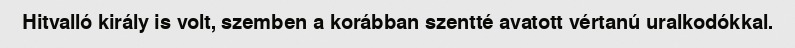
Hitvalló király is volt, szemben a korábban szentté avatott vértanú uralkodókkal.